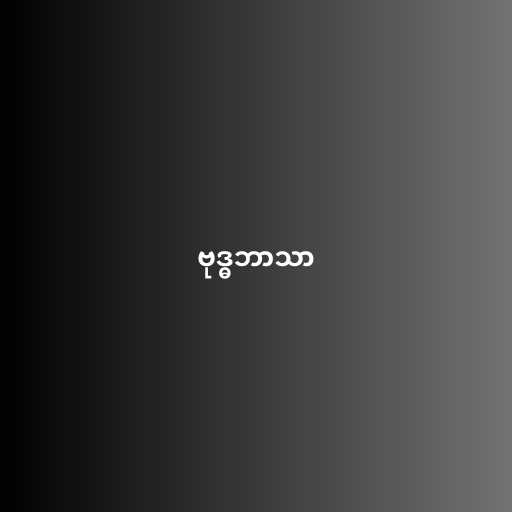
ဗုဒ္ဓဘာသာ